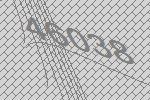
46038